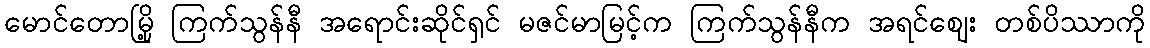
မောင်တောမြို့ ကြက်သွန်နီ အရောင်းဆိုင်ရှင် မဇင်မာမြင့်က ကြက်သွန်နီက အရင်ဈေး တစ်ပိဿာကို